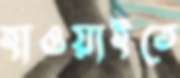
হাওয়াইতে